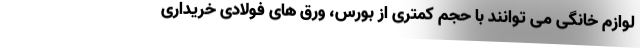
لوازم خانگی می توانند با حجم کمتری از بورس، ورق های فولادی خریداری